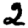
Digit: 2